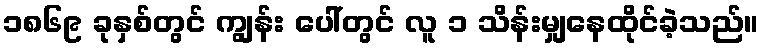
၁၈၆၉ ခုနှစ်တွင် ကျွန်း ပေါ်တွင် လူ ၁ သိန်းမျှနေထိုင်ခဲ့သည်။